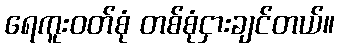
ရေကူးဝတ်စုံ တစ်စုံငှားချင်တယ်။